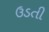
ઉડતી